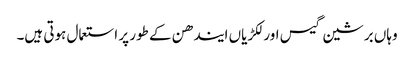
وہاں برشین گیس اور لکڑیاں ایندھن کے طور پر استعمال ہوتی ہیں۔